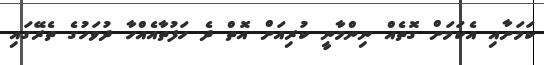
ކަމަށާއި އެކަމަށް ގޮތެއް ނިންމާނީ ކުރިއަށް އޮތް ދެ ހަފުތާއެއްހާ ދުވަހުގެ ތެރޭގައި